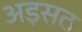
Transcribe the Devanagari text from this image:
अड़सठ